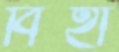
বিহা